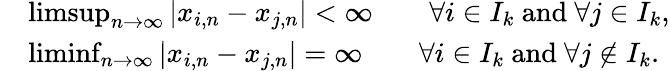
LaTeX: \begin{array}{rl}&{\operatorname*{limsup}_{n\to\infty}\left|x_{i,n}-x_{j,n}\right|<\infty\qquad\forall i\in I_{k}\ \mathrm{and}\ \forall j\in I_{k},}\\ &{\operatorname*{liminf}_{n\to\infty}\left|x_{i,n}-x_{j,n}\right|=\infty\qquad\forall i\in I_{k}\ \mathrm{and}\ \forall j\not\in I_{k}.}\end{array}